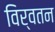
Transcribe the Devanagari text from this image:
विर्वतन